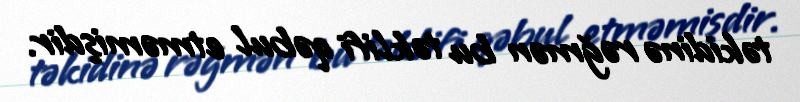
təkidinə rəğmən bu təklifi qəbul etməmişdir.